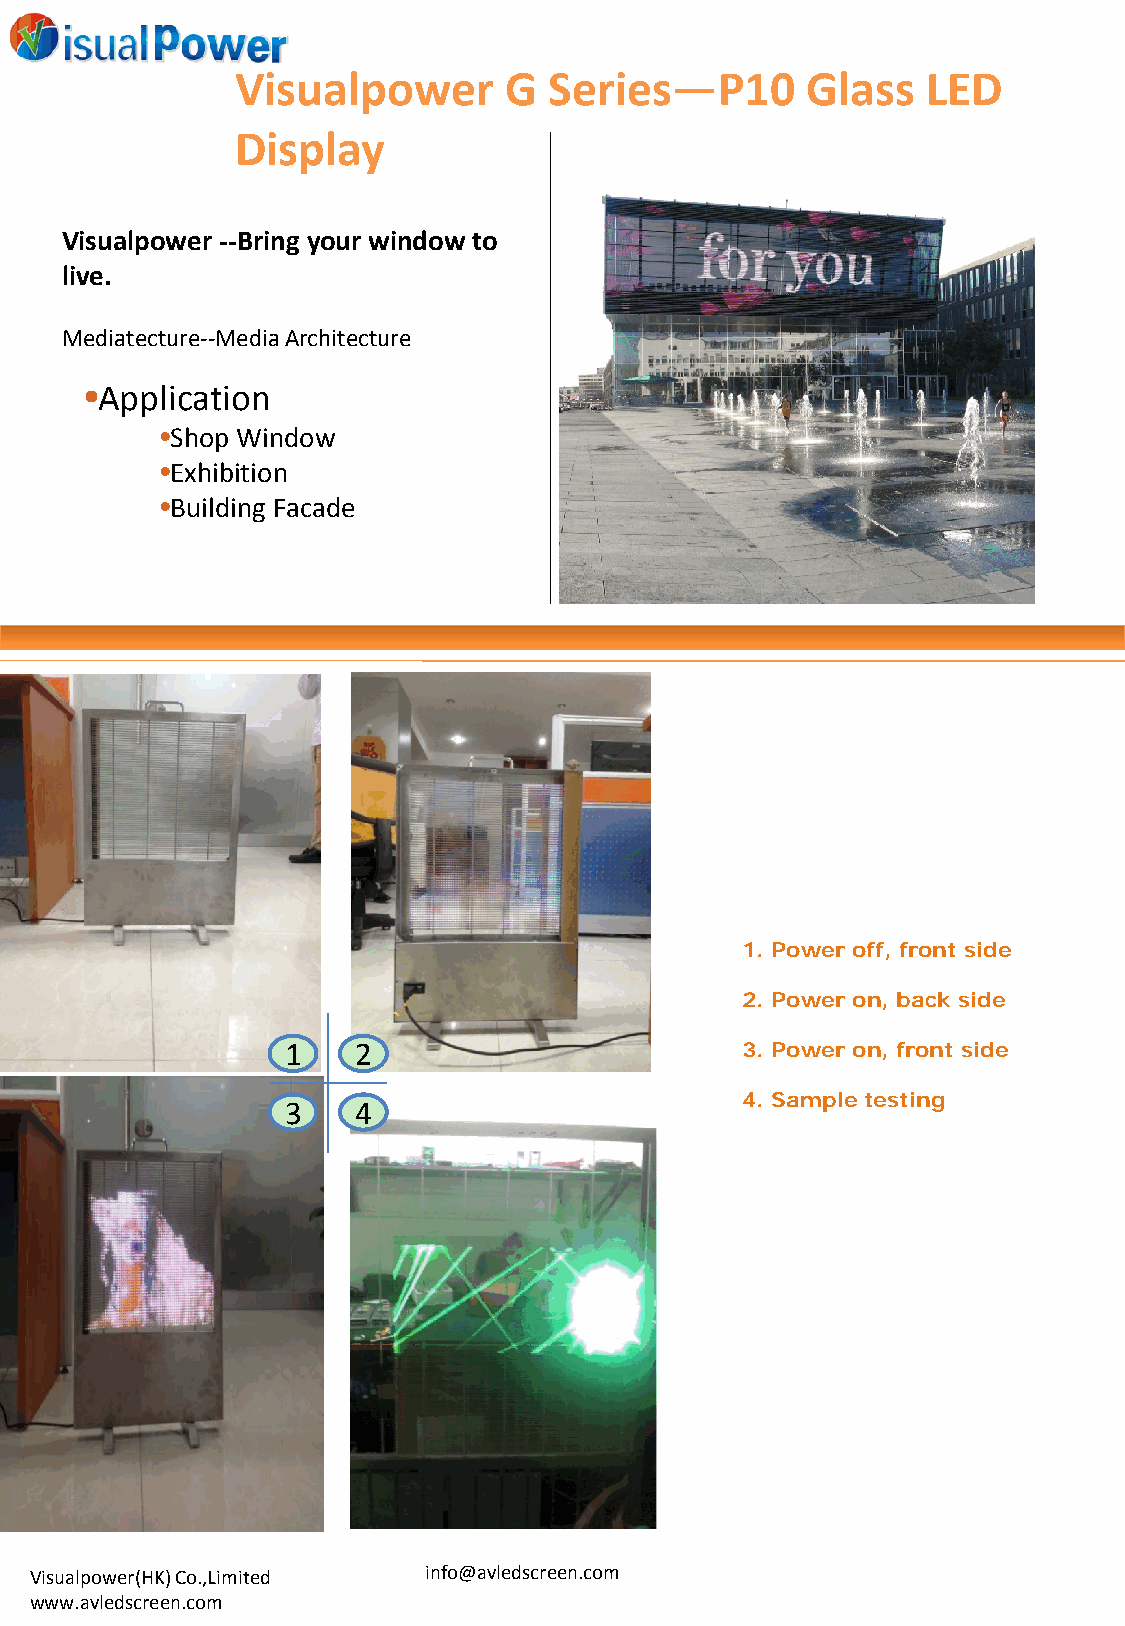
Visualpower      G  Series—P10       Glass   LED
 Display
 Visualpower --Bring your window to
 live.
 Mediatecture--Media Architecture
 •Application
 •Shop Window
 •Exhibition
 •Building Facade
 1. Power off, front side
 2. Power on, back side
 1   2                         3. Power on, front side
 4. Sample testing
 3   4
 Visualpower(HK) Co.,Limited info@avledscreen.com
 www.avledscreen.com